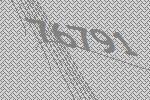
76791